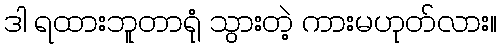
ဒါ ရထားဘူတာရုံ သွားတဲ့ ကားမဟုတ်လား။